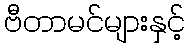
ဗီတာမင်များနှင့်